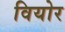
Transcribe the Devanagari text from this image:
वियोर